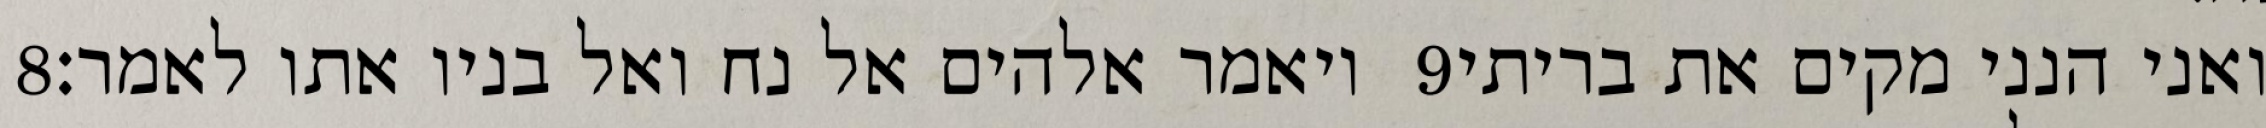
‎8‏ ויאמר אלהים אל נח ואל בניו אתו לאמר׃ ‎9‏ ואני הנני מקים את בריתי